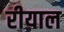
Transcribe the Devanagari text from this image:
रीयाल